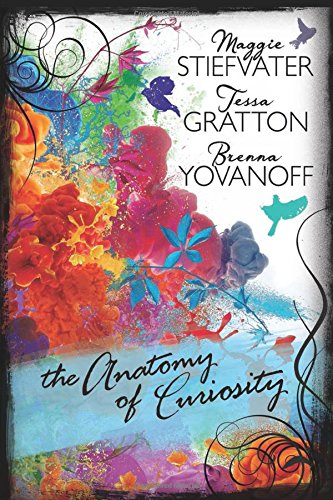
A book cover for The Anatomy of Curiosity; Brenna Yovanoff; Teen & Young Adult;